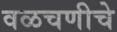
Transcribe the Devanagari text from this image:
वळचणीचे